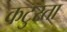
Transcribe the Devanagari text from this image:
कटुरता